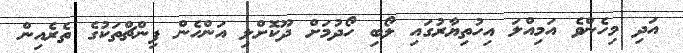
އަދި މިހެންވެ އަމިއްލަ އިހުތިޔާރުގައި ލޯބި ހޯދުމަށް ދޫކޮށްލި އަންހެން ފިންޗްތަކުގެ ތެރެއިން